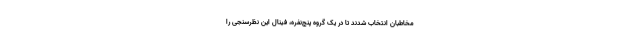
مخاطبان انتخاب شدند تا در یک گروه پنج‌نفره، فینال این نظرسنجی را